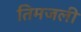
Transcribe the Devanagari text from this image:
तिमजली